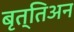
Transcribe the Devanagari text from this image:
बृत्तिअन